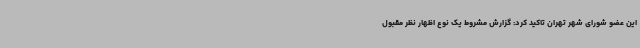
این عضو شورای شهر تهران تاکید کرد: گزارش مشروط یک نوع اظهار نظر مقبول